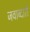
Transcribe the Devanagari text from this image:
जवाब्दारी